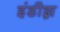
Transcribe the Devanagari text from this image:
इंडीझ़़